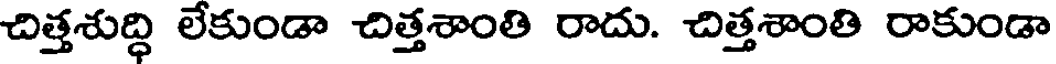
చిత్తశుద్ధి లేకుండా చిత్తశాంతి రాదు. చిత్తశాంతి రాకుండా